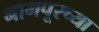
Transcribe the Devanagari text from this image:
नामपूरच्या